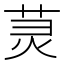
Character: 𫟑